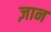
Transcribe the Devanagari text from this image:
ज़ान